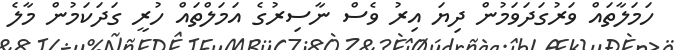
ހަމަލާތައް ވަރުގަދަވަމުން ދިޔަ އިރު ވެސް ނާސިރުގެ އަމަލްތައް ހުރީ ގަދަކަމުން މާލެ